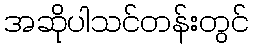
အဆိုပါသင်တန်းတွင်